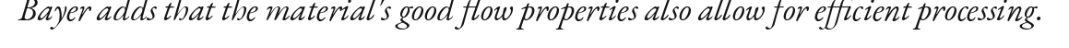
Bayer adds that the material's good flow properties also allow for efficient processing.